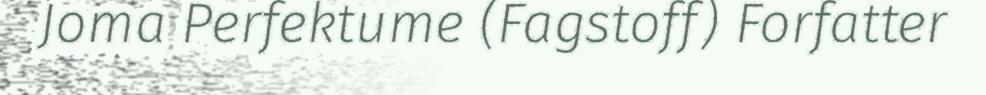
Joma Perfektume (Fagstoff) Forfatter